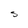
Character: s